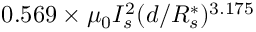
0 . 5 6 9 \times \mu _ { 0 } I _ { s } ^ { 2 } ( d / R _ { s } ^ { \ast } ) ^ { 3 . 1 7 5 }